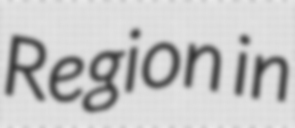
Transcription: Region in